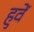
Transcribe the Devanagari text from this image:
हुवें